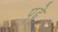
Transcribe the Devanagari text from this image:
पु्ढे